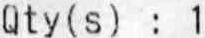
QTY(S) : 1